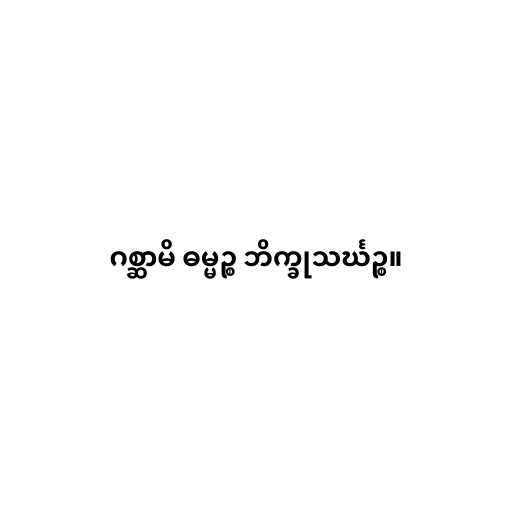
ဂစ္ဆာမိ ဓမ္မဉ္စ ဘိက္ခုသင်္ဃဉ္စ။